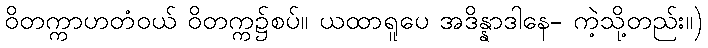
ဝိတက္ကာဟတံဝယ် ဝိတက္က၌စပ်။ ယထာရူပေ အဒိန္နာဒါနေ- ကဲ့သို့တည်း။)